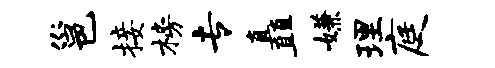
邕接榜专矗嫌理庭